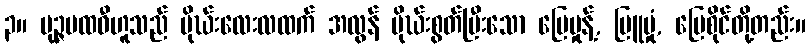
၃။ ပုဉ္ဇပထဝီဟူသည် မိုဃ်းလေးလထက် အလွန် မိုဃ်းစွတ်ပြီးသော မြေမှုန့်, မြူမှုံ, မြေစိုင်တို့တည်း။